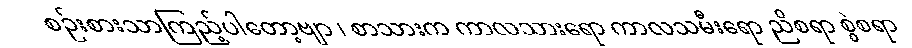
စဉ်းစားသာကြည့်ပါတော့ဗျာ ၊ စာသားက ကာလသားရော ကာလသမီးရော ညိစရာ စွဲစရာ